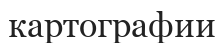
картографии